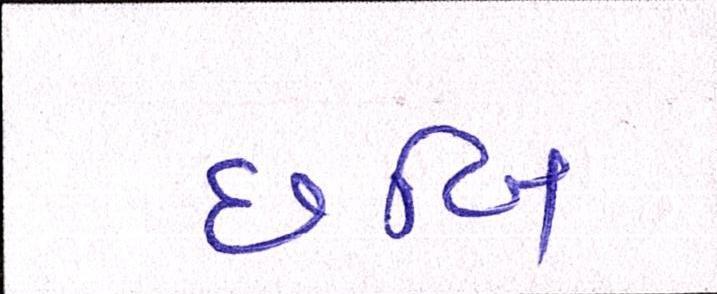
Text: છબિ